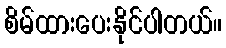
စိမ်ထားပေးနိုင်ပါတယ်။